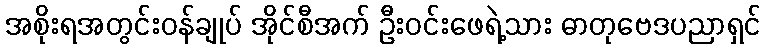
အစိုးရအတွင်းဝန်ချုပ် အိုင်စီအက် ဦးဝင်းဖေရဲ့သား ဓာတုဗေဒပညာရှင်